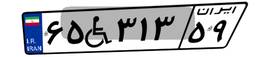
۶۵W۳۱۳۵۹